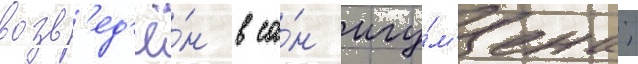
возв'ед'ё́н в са́н игу́м'ена;